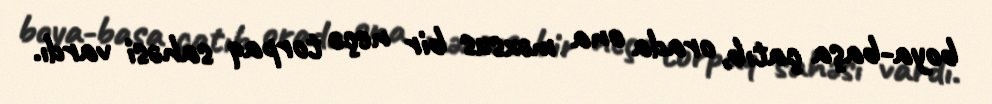
boya-başa çatıb, orada ona məxsus bir neçə torpaq sahəsi vardı.